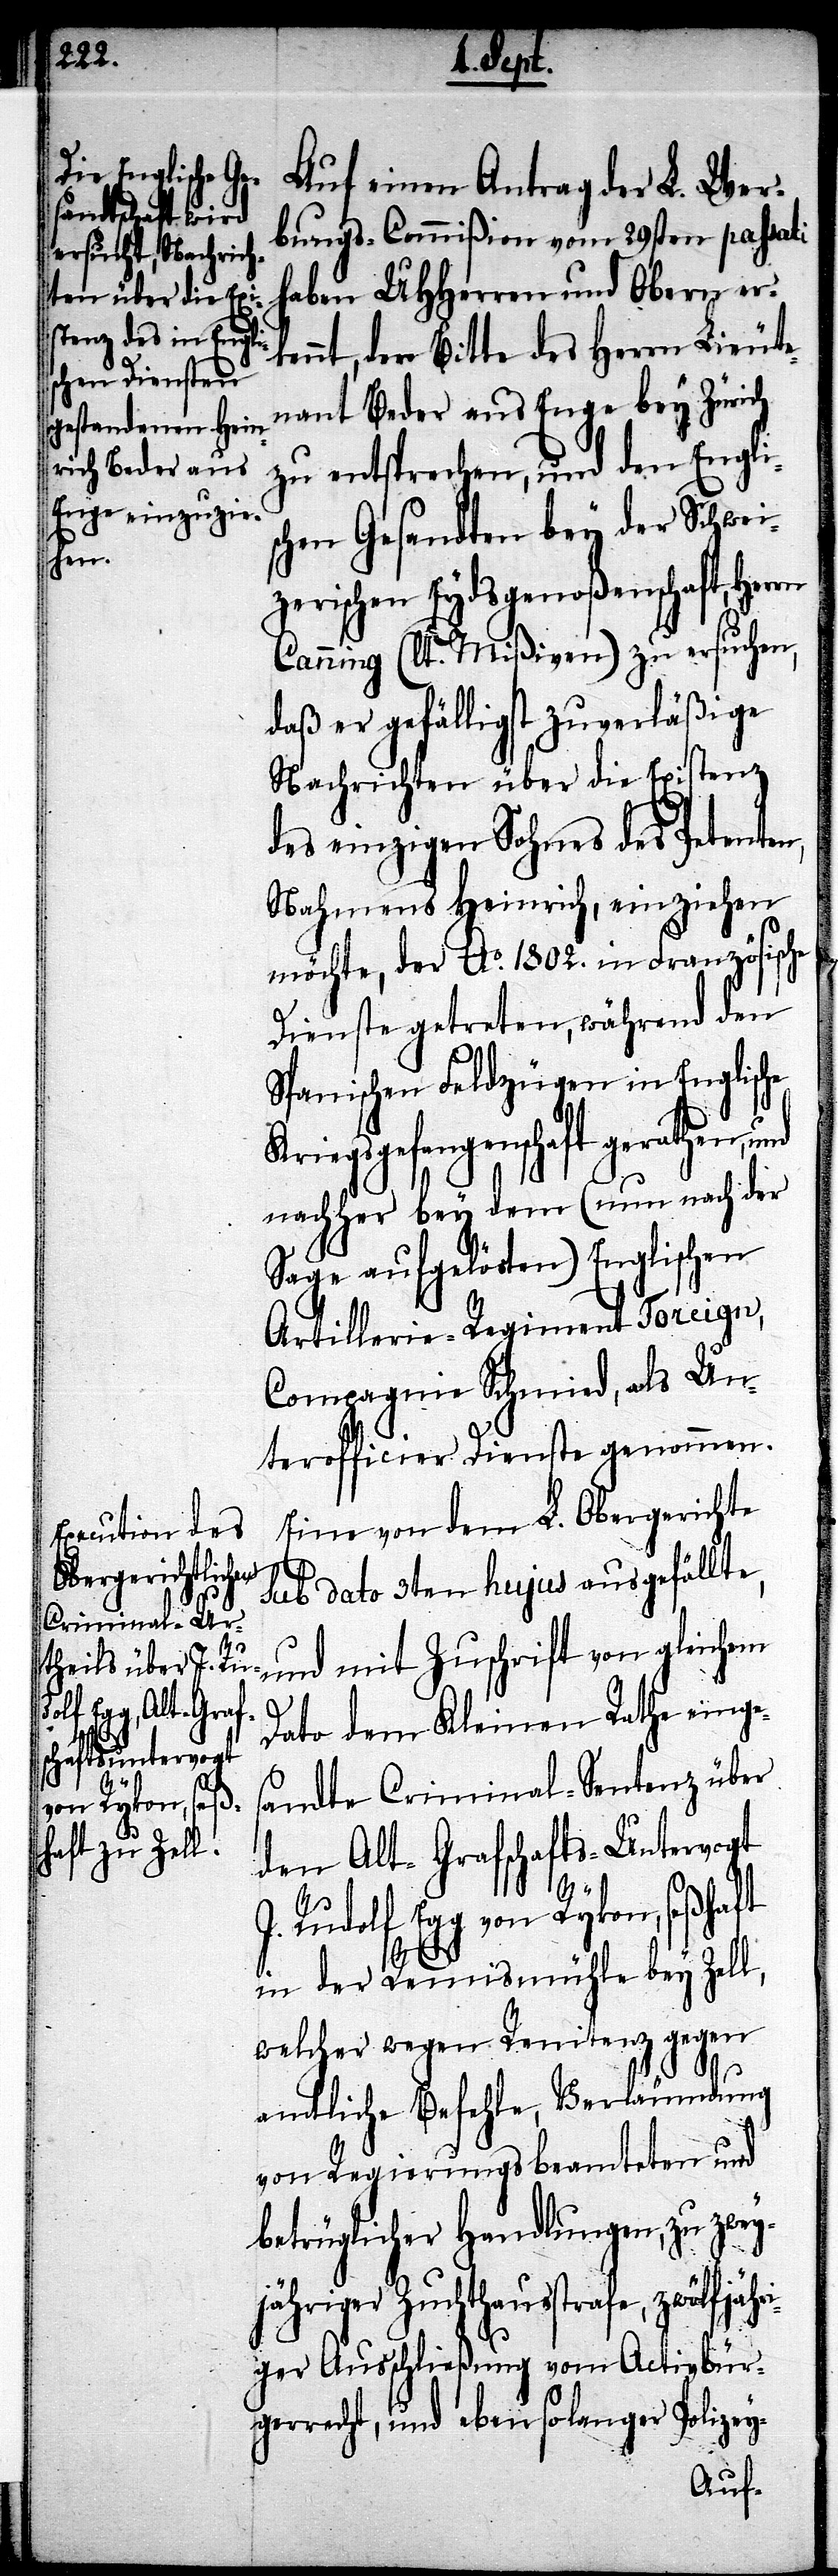
Auf einen Antrag des L. Wer¬
bungs-Commißion vom 29sten passati
haben UHHerren und Obern er¬
kennt, der Bitte des Herrn Lieute¬
nant Beder aus Enge bei Zürich
zu entsprechen, und den Englis¬
chen Gesandten bey der Schwei¬
zerischen Eydsgenoßenschaft, Herrn
Canning (lt. Mißiven) zu ersuchen,
daß er gefälligst zuverläßige
Nachrichten über die Existenz
des einzigen Sohnes des Petenten,
Nahmens Heinrich, einziehen
möchte, der Ao. 1802. in Französische
Dienste getreten, während den
Spanischen Feldzügen in Englische
Kriegsgefangenschaft gerathen,
nachher bey dem (nun nach der
Sage aufgelösten) Englischen
Artillerie-Regiment Toreign,
Compagnie Schmied, als Un¬
terofficier Dienste genommen.
Eine von dem L. Obergerichte
ri¬
sub dato 3ten hujus ausgefällte,
und mit Zuschrift von gleichem
Dato dem Kleinen Rathe einges¬
andte Criminal-Sentenz über
den Alt-Grafschafts-Untervogt
J. Rudolf Egg von Rykon, seßhaft
in der Remismühle bey Zell,
welcher wegen Renitenz gegen
amtliche Befehle, Verläumdung
von Regierungsbeamteten und
betrüglicher Handlungen, zu zwey¬
jähriger Zuchthausstrafe, zwölfjäh¬
ger Ausschließung vom Activbürg¬
errecht, und ebensolanger Polizey-